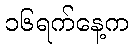
၁၆ရက်နေ့က